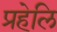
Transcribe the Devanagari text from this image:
प्रहेलि